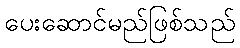
ပေးဆောင်မည်ဖြစ်သည်